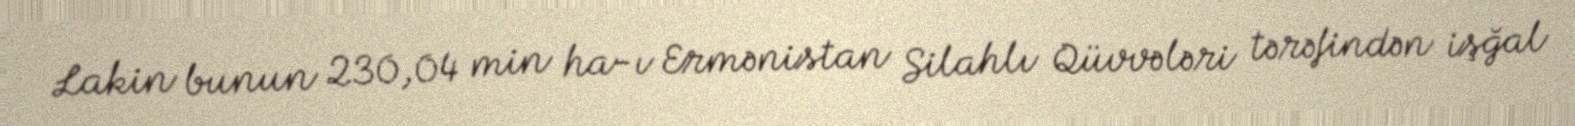
Lakin bunun 230,04 min ha-ı Ermənistan Silahlı Qüvvələri tərəfindən işğal